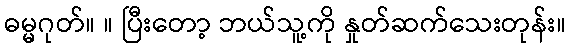
ဓမ္မဂုတ်။ ။ ပြီးတော့ ဘယ်သူ့ကို နှုတ်ဆက်သေးတုန်း။